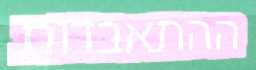
ההתאבדות